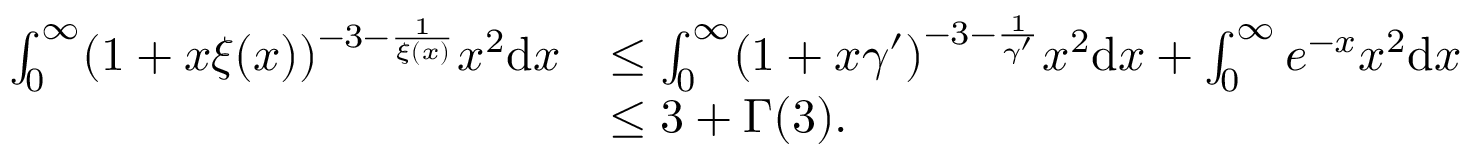
\begin{array} { r l } { \int _ { 0 } ^ { \infty } ( 1 + x \xi ( x ) ) ^ { - 3 - \frac { 1 } { \xi ( x ) } } x ^ { 2 } \mathrm { d } x } & { \leq \int _ { 0 } ^ { \infty } ( 1 + x \gamma ^ { \prime } ) ^ { - 3 - \frac { 1 } { \gamma ^ { \prime } } } x ^ { 2 } \mathrm { d } x + \int _ { 0 } ^ { \infty } e ^ { - x } x ^ { 2 } \mathrm { d } x } \\ & { \leq 3 + \Gamma ( 3 ) . } \end{array}